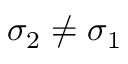
\sigma _ { 2 } \neq \sigma _ { 1 }